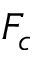
F _ { c }